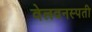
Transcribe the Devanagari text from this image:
वेलवनस्पती